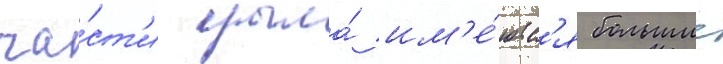
ча́ст'и крыла́ им'е́ютс'я большие